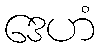
ဒေဟံ